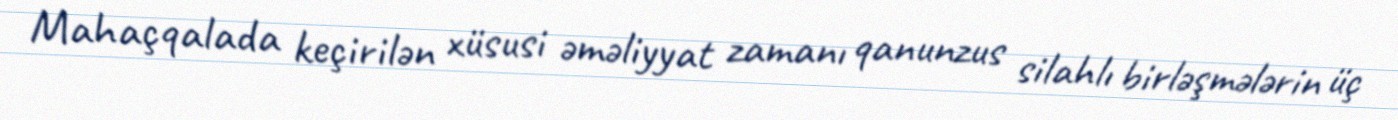
Mahaçqalada keçirilən xüsusi əməliyyat zamanı qanunzus silahlı birləşmələrin üç